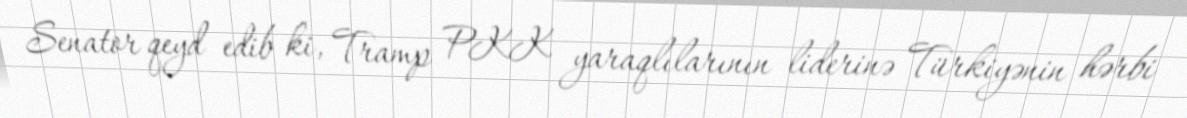
Senator qeyd edib ki, Tramp PKK yaraqlılarının liderinə Türkiyənin hərbi